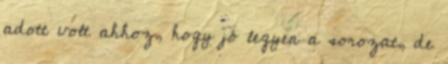
adott volt ahhoz, hogy jó legyen a sorozat, de